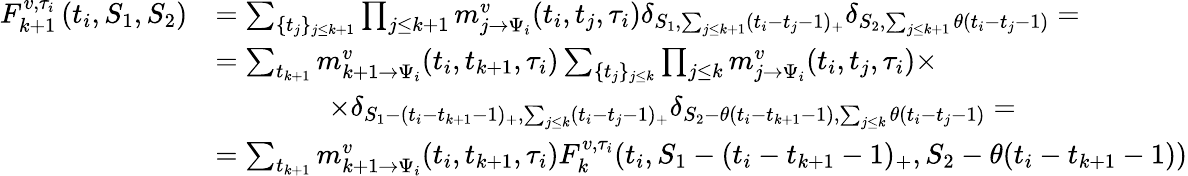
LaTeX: \begin{array}{rl}{F_{k+1}^{v,\tau_{i}}\left(t_{i},S_{1},S_{2}\right)}&{=\sum_{\{ t_{j}\} _{j\leq k+1}}\prod_{j\leq k+1}m_{j\to\Psi_{i}}^{v}(t_{i},t_{j},\tau_{i})\delta_{S_{1},\sum_{j\leq k+1}(t_{i}-t_{j}-1)_{+}}\delta_{S_{2},\sum_{j\leq k+1}\theta(t_{i}-t_{j}-1)}=}\\ &{=\sum_{t_{k+1}}m_{k+1\to\Psi_{i}}^{v}(t_{i},t_{k+1},\tau_{i})\sum_{\{ t_{j}\} _{j\leq k}}\prod_{j\leq k}m_{j\to\Psi_{i}}^{v}(t_{i},t_{j},\tau_{i})\times}\\ &{\qquad\qquad\times\delta_{S_{1}-(t_{i}-t_{k+1}-1)_{+},\sum_{j\leq k}(t_{i}-t_{j}-1)_{+}}\delta_{S_{2}-\theta(t_{i}-t_{k+1}-1),\sum_{j\leq k}\theta(t_{i}-t_{j}-1)}=}\\ &{=\sum_{t_{k+1}}m_{k+1\to\Psi_{i}}^{v}(t_{i},t_{k+1},\tau_{i})F_{k}^{v,\tau_{i}}(t_{i},S_{1}-(t_{i}-t_{k+1}-1)_{+},S_{2}-\theta(t_{i}-t_{k+1}-1))}\end{array}